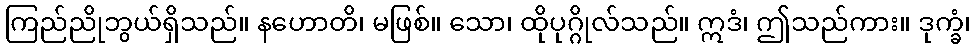
ကြည်ညိုဘွယ်ရှိသည်။ နဟောတိ၊ မဖြစ်။ သော၊ ထိုပုဂ္ဂိုလ်သည်။ ဣဒံ၊ ဤသည်ကား။ ဒုက္ခံ၊